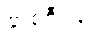
တစ်စီးဖြင့်